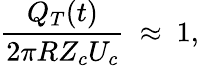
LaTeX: \frac{Q_{T}(t)}{2\pi RZ_{c}U_{c}}~\approx~1,